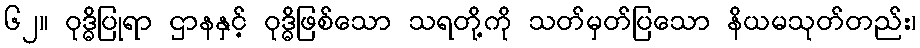
၆၂။ ဝုဒ္ဓိပြုရာ ဌာနနှင့် ဝုဒ္ဓိဖြစ်သော သရတို့ကို သတ်မှတ်ပြသော နိယမသုတ်တည်း၊